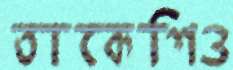
তাকেশিও